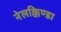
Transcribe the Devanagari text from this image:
नेलक्किण्डा